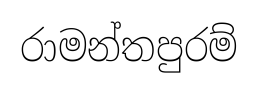
රාමන්තපුරම්